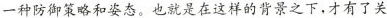
一种防御策略和姿态。也就是在这样的背景之下，才有了关